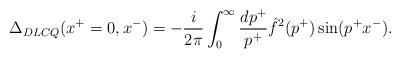
LaTeX: \begin{align*}\Delta_{DLCQ} (x^+ = 0, x^-) = - {i \over 2 \pi} \int_0^{\infty} {dp^+ \over p^+} \hat{f}^2 (p^+)\sin(p^+ x^-).\end{align*}